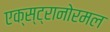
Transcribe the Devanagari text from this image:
एक्स्ट्रानोरमल